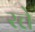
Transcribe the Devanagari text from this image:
रत्ते